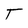
Character: T